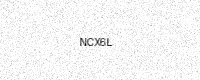
Text: NCX6L